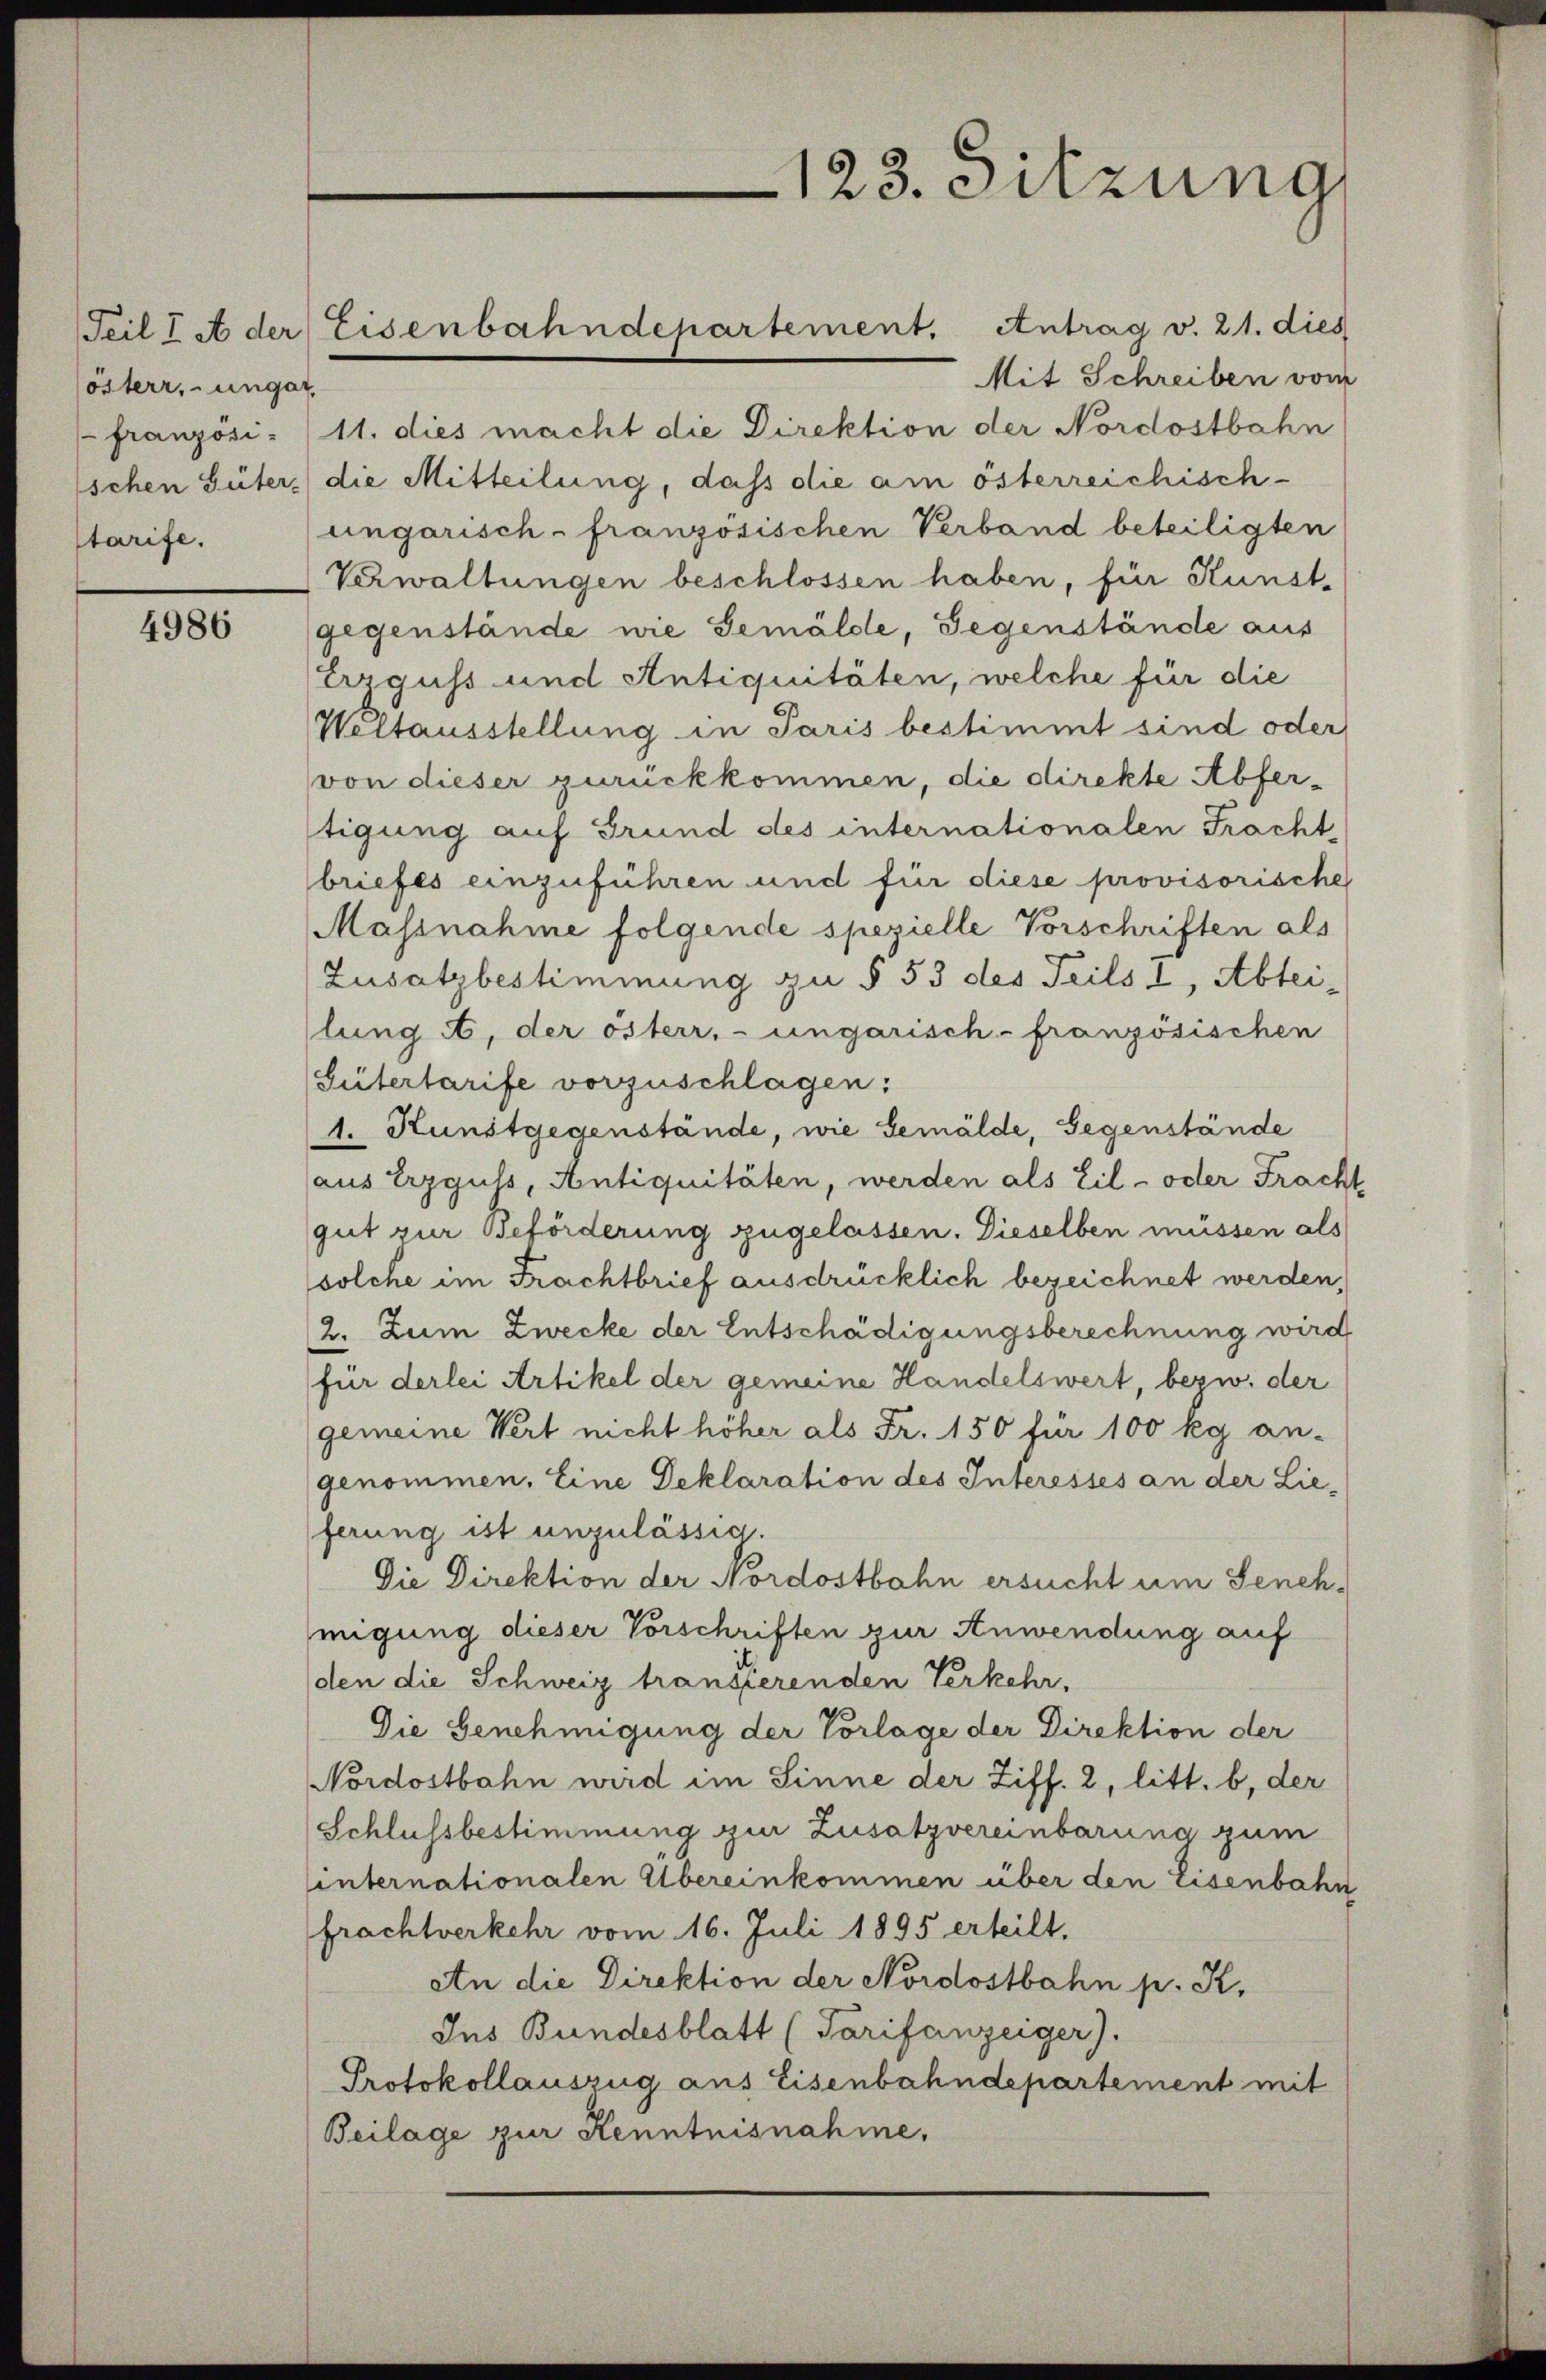
lösterr, ungar
 französi-
starife.

4986

Mit Schreiben vom
11. dies macht die Direktion der Nordostbahn
schen Güter die Mitteilung, daß die am österreichisch-
ungarisch-französischen Verband beteiligten
Verwaltungen beschlossen haben, für Kunst-
gegenstände wie Gemälde, Gegenstände aus
Errguss und Antiquitäten, welche für die
Weltausstellung in Paris bestimmt sind oder
von dieser zurückkommen, die direkte Abferstigung auf Grund des internationalen Fracht,
briefes einzuführen und für diese provisorische
Massnahme folgende spezielle Vorschriften als
Zusatzbestimmung zu § 53 des Teils I, Abtei-
lung , der österr, ungarisch-französischen
Gütertarife vorzuschlagen:
1. Kunstgegenstände, wie Gemälde, Gegenstände
aus Erzguls, Antiquitäten, werden als Eil- oder Fracht
gut zur Beförderung zugelassen. Dieselben müssen als
solche im Frachtbrief ausdrücklich bezeichnet werden,
2. Zum Zwecke der Entschädigungsberechnung wird
für derlei Artikel der gemeine Handelswert, bezw. der
gemeine Wert nicht höher als Fr. 150 für 100 kg an-
genommen. Eine Deklaration des Interesses an der Lie-
ferung ist unzulässig.
Die Direktion der Nordostbahn ersucht um Genehmigung dieser Vorschriften zur Anwendung auf
(den die Schweiz transferenden Verkehr,
Die Genehmigung der Vorlage der Direktion der
Nordostbahn wird im Sinne der Ziff. 2, litt. b, der
Schlussbestimmung zur Zusatzvereinbarung zum
sinternationalen Übereinkommen über den Eisenbahn
frachtverkehr vom 16. Juli 1895 erteilt.
An die Direktion der Nordostbahn p. K.
Ins Bundesblatt (Tarifanzeiger).
Protokollauszug aus Eisenbahndepartement mit
Beilage zur Kenntnisnahme,

Teil I A der Eisenbahndepartement. Antrag v. 21. dies

123. Sitzung